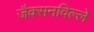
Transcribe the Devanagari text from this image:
जैक्सनविल्ले